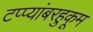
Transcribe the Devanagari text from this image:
टप्प्यांबरहुकूम